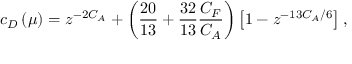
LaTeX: c _ { D } \left( \mu \right) = z ^ { - 2 C _ { A } } + \left( \frac { 2 0 } { 1 3 } + \frac { 3 2 } { 1 3 } \frac { C _ { F } } { C _ { A } } \right) \left[ 1 - z ^ { - 1 3 C _ { A } / 6 } \right] ,